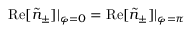
\mathrm { R e } [ \tilde { n } _ { \pm } ] | _ { \varphi = 0 } = \mathrm { R e } [ \tilde { n } _ { \pm } ] | _ { \varphi = \pi }